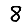
Digit: 8